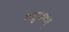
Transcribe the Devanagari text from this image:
तदुभयम्